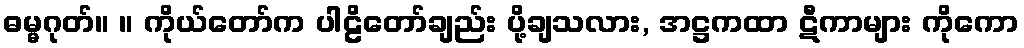
ဓမ္မဂုတ်။ ။ ကိုယ်တော်က ပါဠိတော်ချည်း ပို့ချသလား, အဋ္ဌကထာ ဋီကာများ ကိုကော